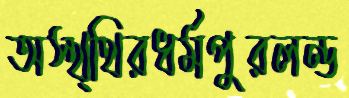
অস্থ্থিরধর্মপুরলন্ড